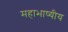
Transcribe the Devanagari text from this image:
महाभाष्यीय